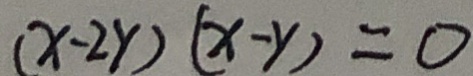
( x - 2 y ) ( x - y ) = 0